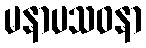
မနာပသဝနာ